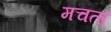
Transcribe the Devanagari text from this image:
मचता